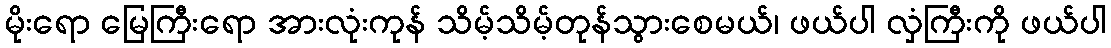
မိုးရော မြေကြီးရော အားလုံးကုန် သိမ့်သိမ့်တုန်သွားစေမယ်၊ ဖယ်ပါ လှံကြီးကို ဖယ်ပါ